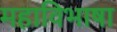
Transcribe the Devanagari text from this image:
महाविभाषा